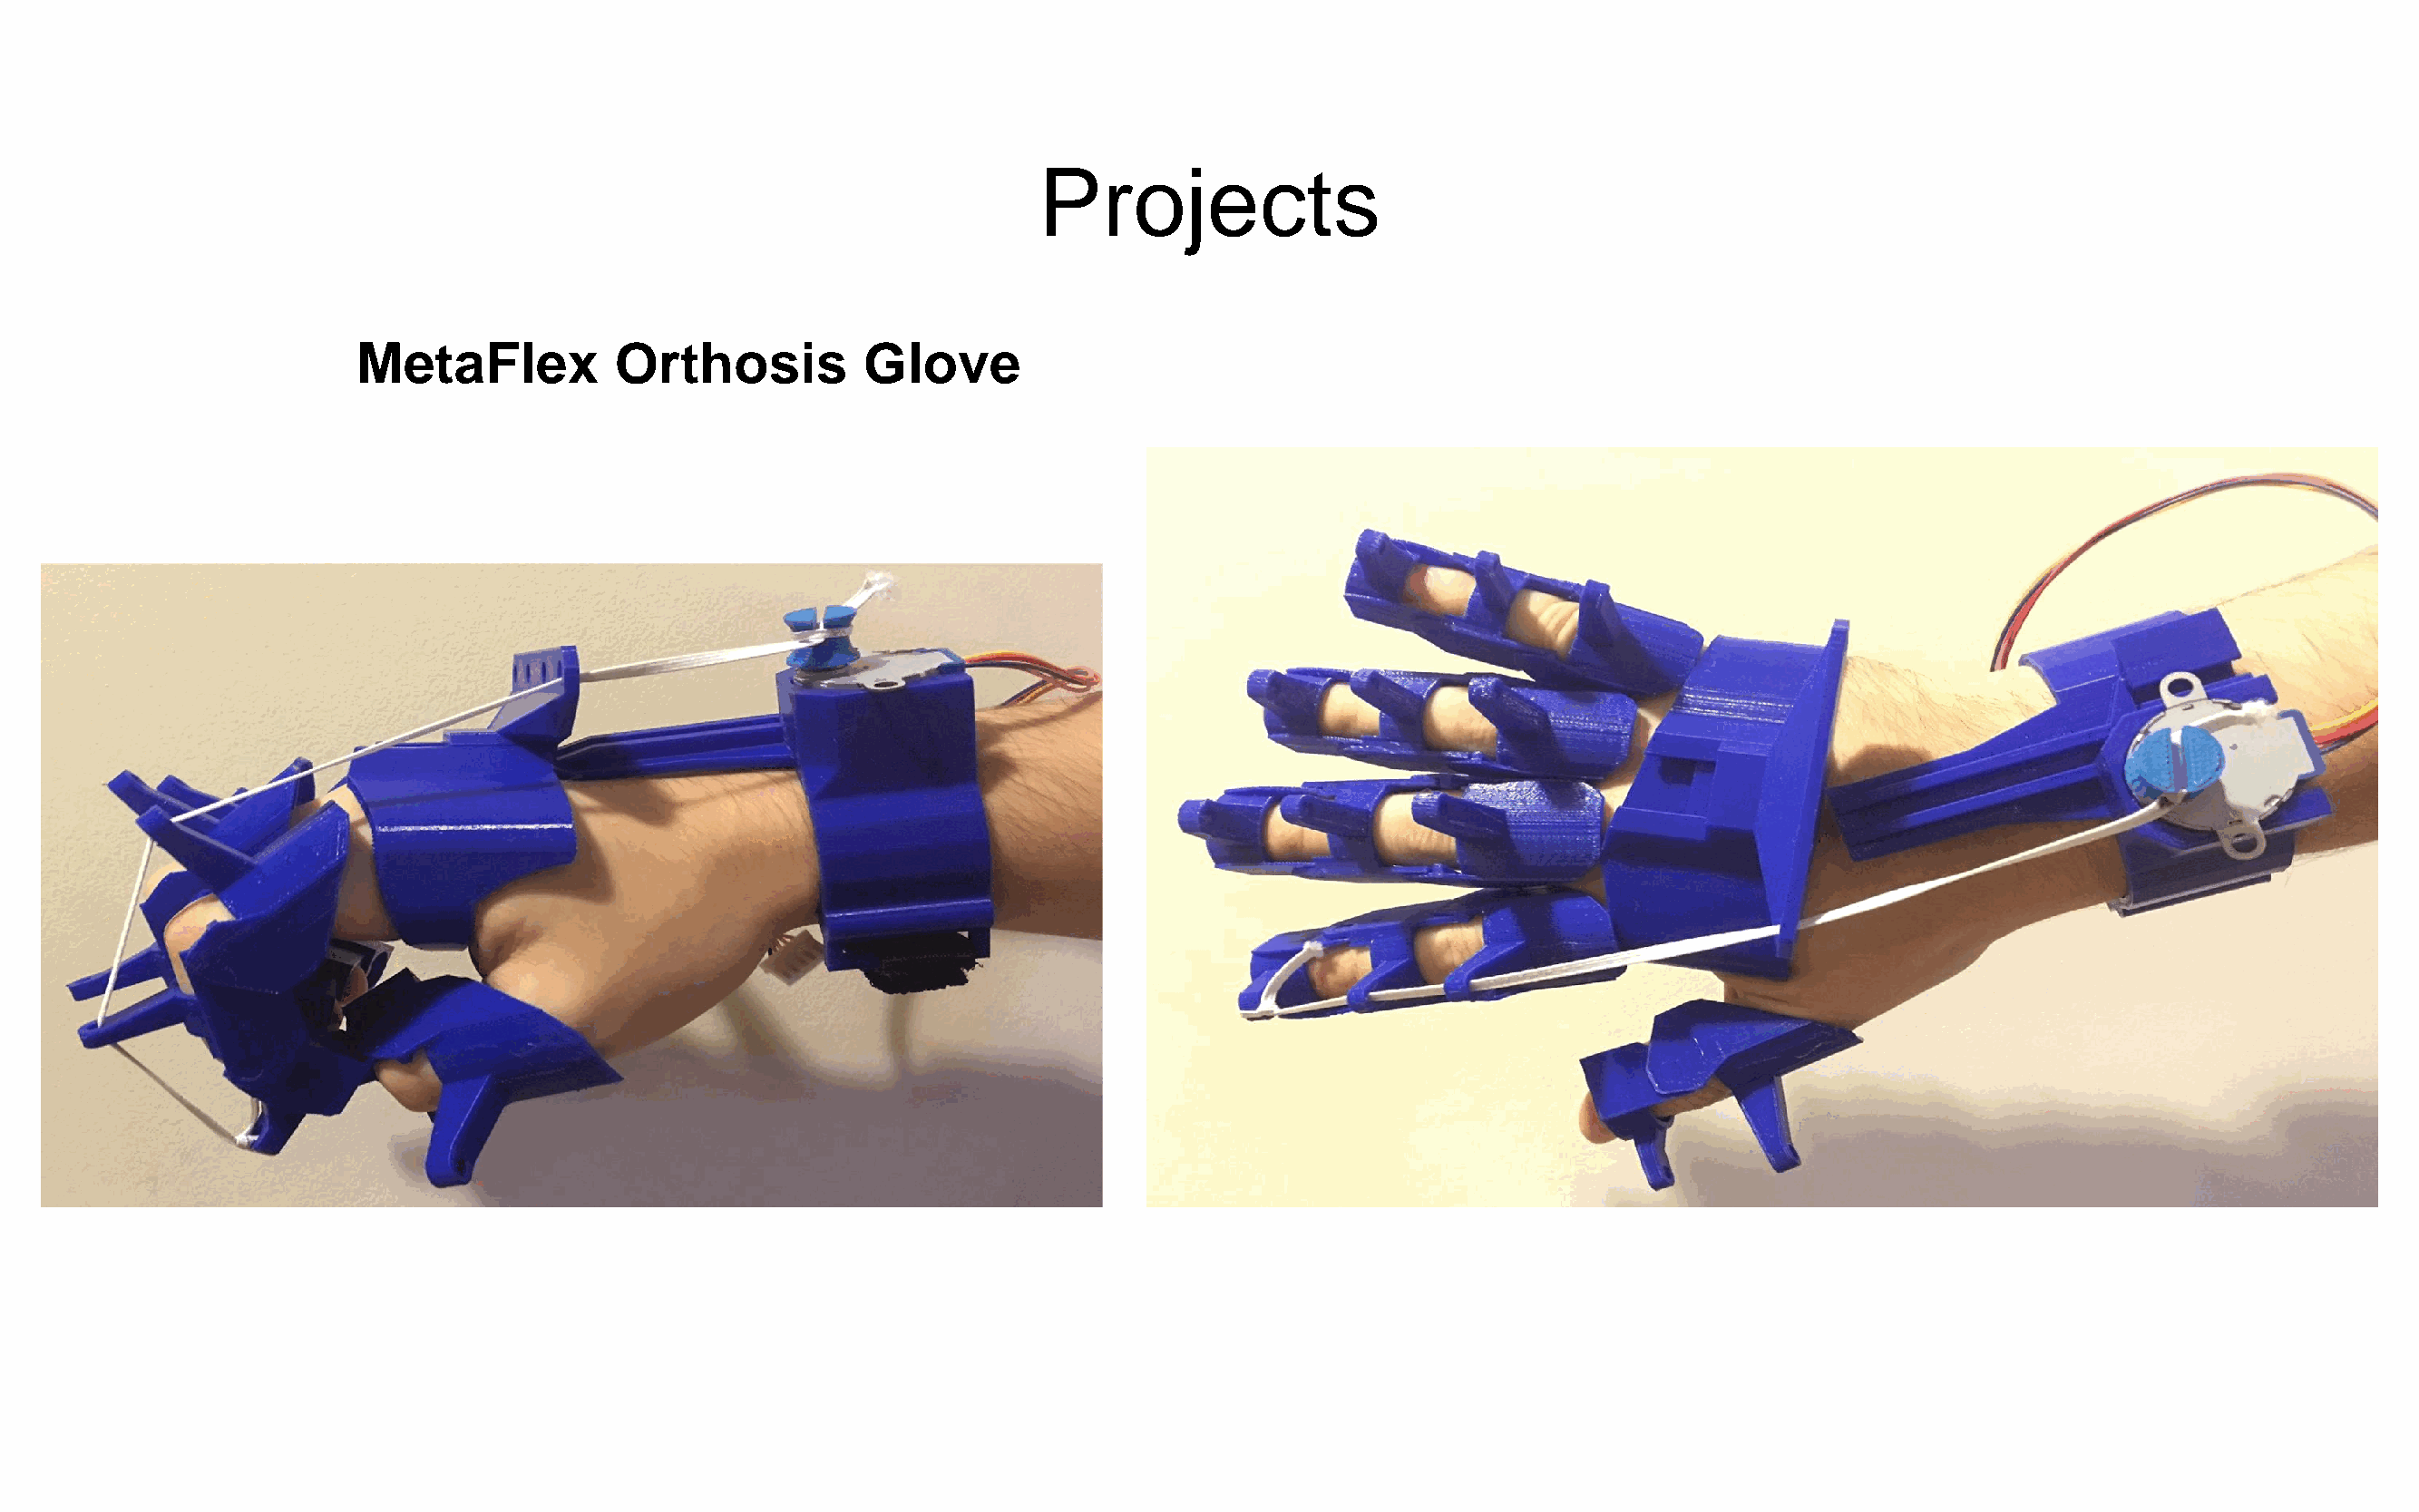
Projects
 MetaFlex           Orthosis          Glove